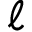
\ell